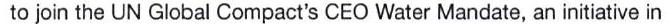
to join the UN Global Compact's CEO Water Mandate, an initiative in